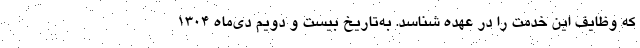
که وظایف این خدمت را در عهده شناسد. به‌تاریخ بیست و دویم دی‌ماه ۱۳۰۴